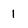
Character: l